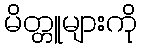
မိတ္တူများကို